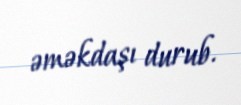
əməkdaşı durub.